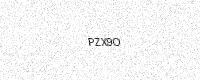
Text: PZX9O